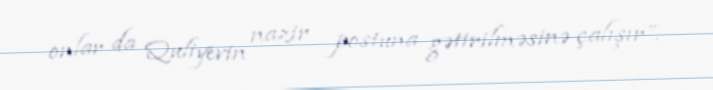
onlar da Quliyevin nazir postuna gətirilməsinə çalışır”.